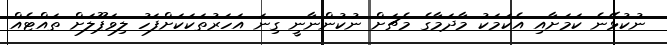
ނުކުޅޭނެ ކަމަށާއި އެކަމަކު މާދަމާގެ މެޗަށް ނުކުންނާނީ ގިނަ އަހަރުތަކަކަށްފަހު ލިވަޕޫލަށް ތައްޓެއް